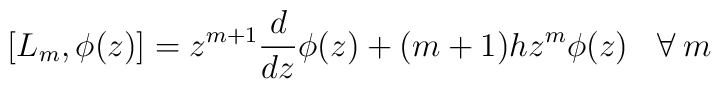
\left[L_{m},\phi (z)\right]=z^{m+1}\frac{d}{dz}\phi (z)+(m+1)h z^{m}\phi (z) \:\:\:\:\forall\: m